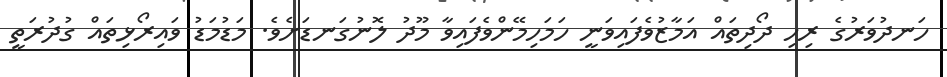
ހަނދުވަރުގެ ރިހި ދޯދިތައް އަމާޒުވެފައިވަނީ ހަމަހިމޭންވެފައިވާ މޫދު ލޮނުގަނޑަށެވެ. މަޑުމަޑު ވައިރޯޅިތައް ގުދުރަތީ